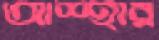
আশ্হার